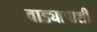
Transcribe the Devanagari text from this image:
वाड्यापाशी